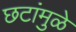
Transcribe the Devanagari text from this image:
छटांमुळे